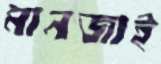
মানজাই